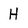
Character: H